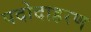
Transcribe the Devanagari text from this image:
पदोदाहरण